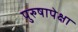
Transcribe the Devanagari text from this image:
पुरुषापेक्षा